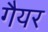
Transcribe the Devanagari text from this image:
गैयर